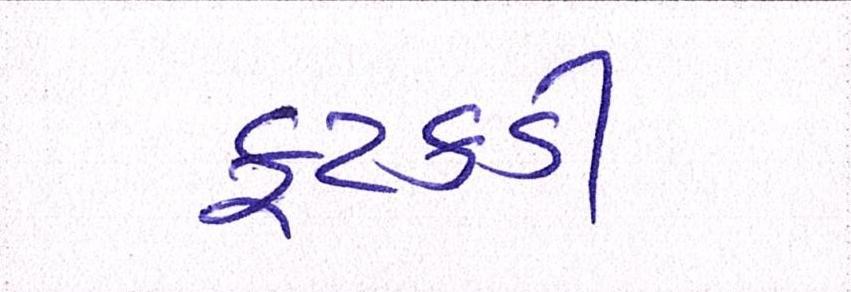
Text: ફટકડી